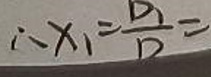
$\therefore x_{1}=\frac {D_{1}}{D}=$